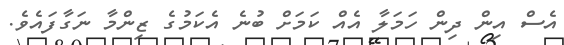
އެސް އިން ދިން ހަމަލާ އެއް ކަމަށް ބުނެ އެކަމުގެ ޒިންމާ ނަގާފައެވެ.